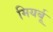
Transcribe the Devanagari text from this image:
मियर्बू